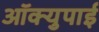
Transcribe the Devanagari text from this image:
ऑक्युपाई